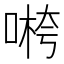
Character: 𱓭